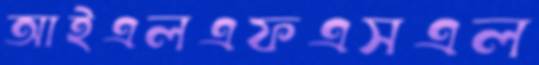
আইএলএফএসএল